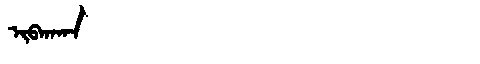
Manchu: ᡳᠪᡴᠠᡴᠠ
Romanization: IBKAKA